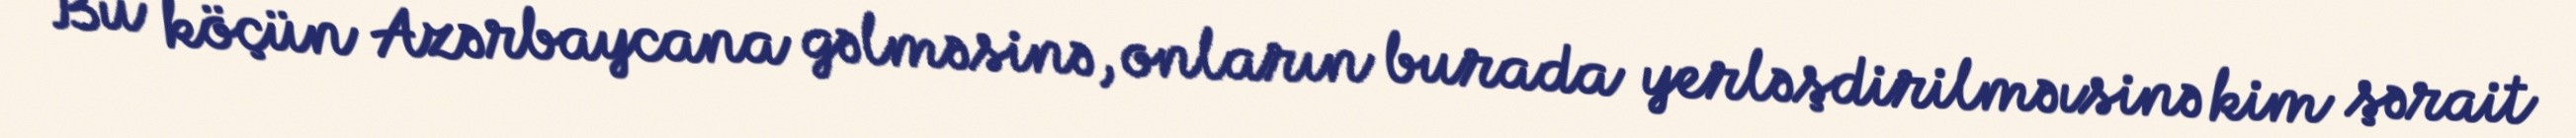
Bu köçün Azərbaycana gəlməsinə, onların burada yerləşdirilməısinə kim şərait